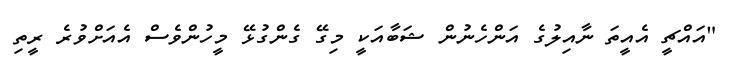
"އައްޗީ އެއީތަ ނާއިލުގެ އަންހެނުން ޝަބާއަކީ މިގޭ ގެންގުޅޭ މީހުންވެސް އެއަށްވުރެ ރީތި